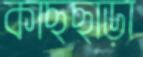
কাছছাড়া